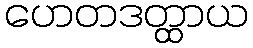
ဟေတဒတ္ထာယ